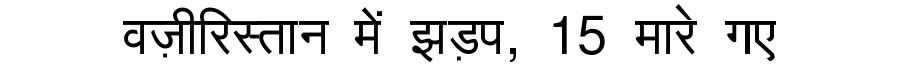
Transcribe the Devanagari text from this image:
वज़ीरिस्तान में झड़प, 15 मारे गए